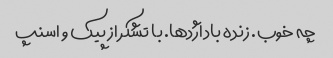
چه خوب. زنده باد اژدها. با تشکر از پیک و اسنپ